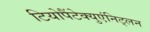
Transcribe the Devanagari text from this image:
टियोपैंटेक्युएंनिट्लन